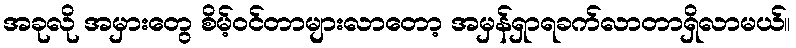
အခုလို အမှားတွေ စိမ့်ဝင်တာများလာတော့ အမှန်ရှာရခက်လာတာရှိလာမယ်။